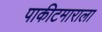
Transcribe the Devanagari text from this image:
पाकीटमाराला